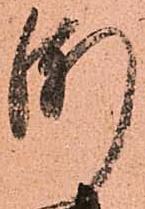
漸